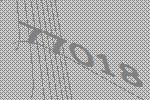
77018